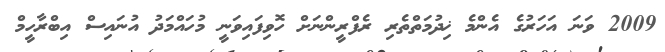
2009 ވަނަ އަހަރުގެ އެންމެ ޚިދުމަތްތެރި ރެފްރީންނަށް ހޮވިފައިވަނީ މުހައްމަދު އުނައިސް އިބްރާހީމް